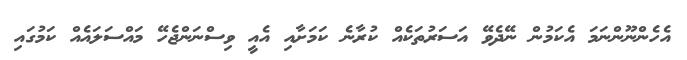
އެހެންނޫންނަމަ އެކަމުން ނޭދެވޭ އަސަރުތަކެއް ކުރާނެ ކަމަށާއި އެއީ ވިސްނަންޖެހޭ މައްސަލައެއް ކަމުގައި